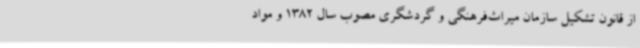
از قانون تشکیل سازمان میراث‌فرهنگی و گردشگری مصوب سال 1382 و مواد